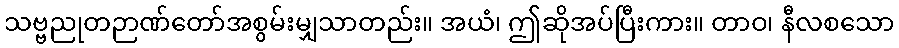
သဗ္ဗညုတဉာဏ်တော်အစွမ်းမျှသာတည်း။ အယံ၊ ဤဆိုအပ်ပြီးကား။ တာဝ၊ နီလစသော